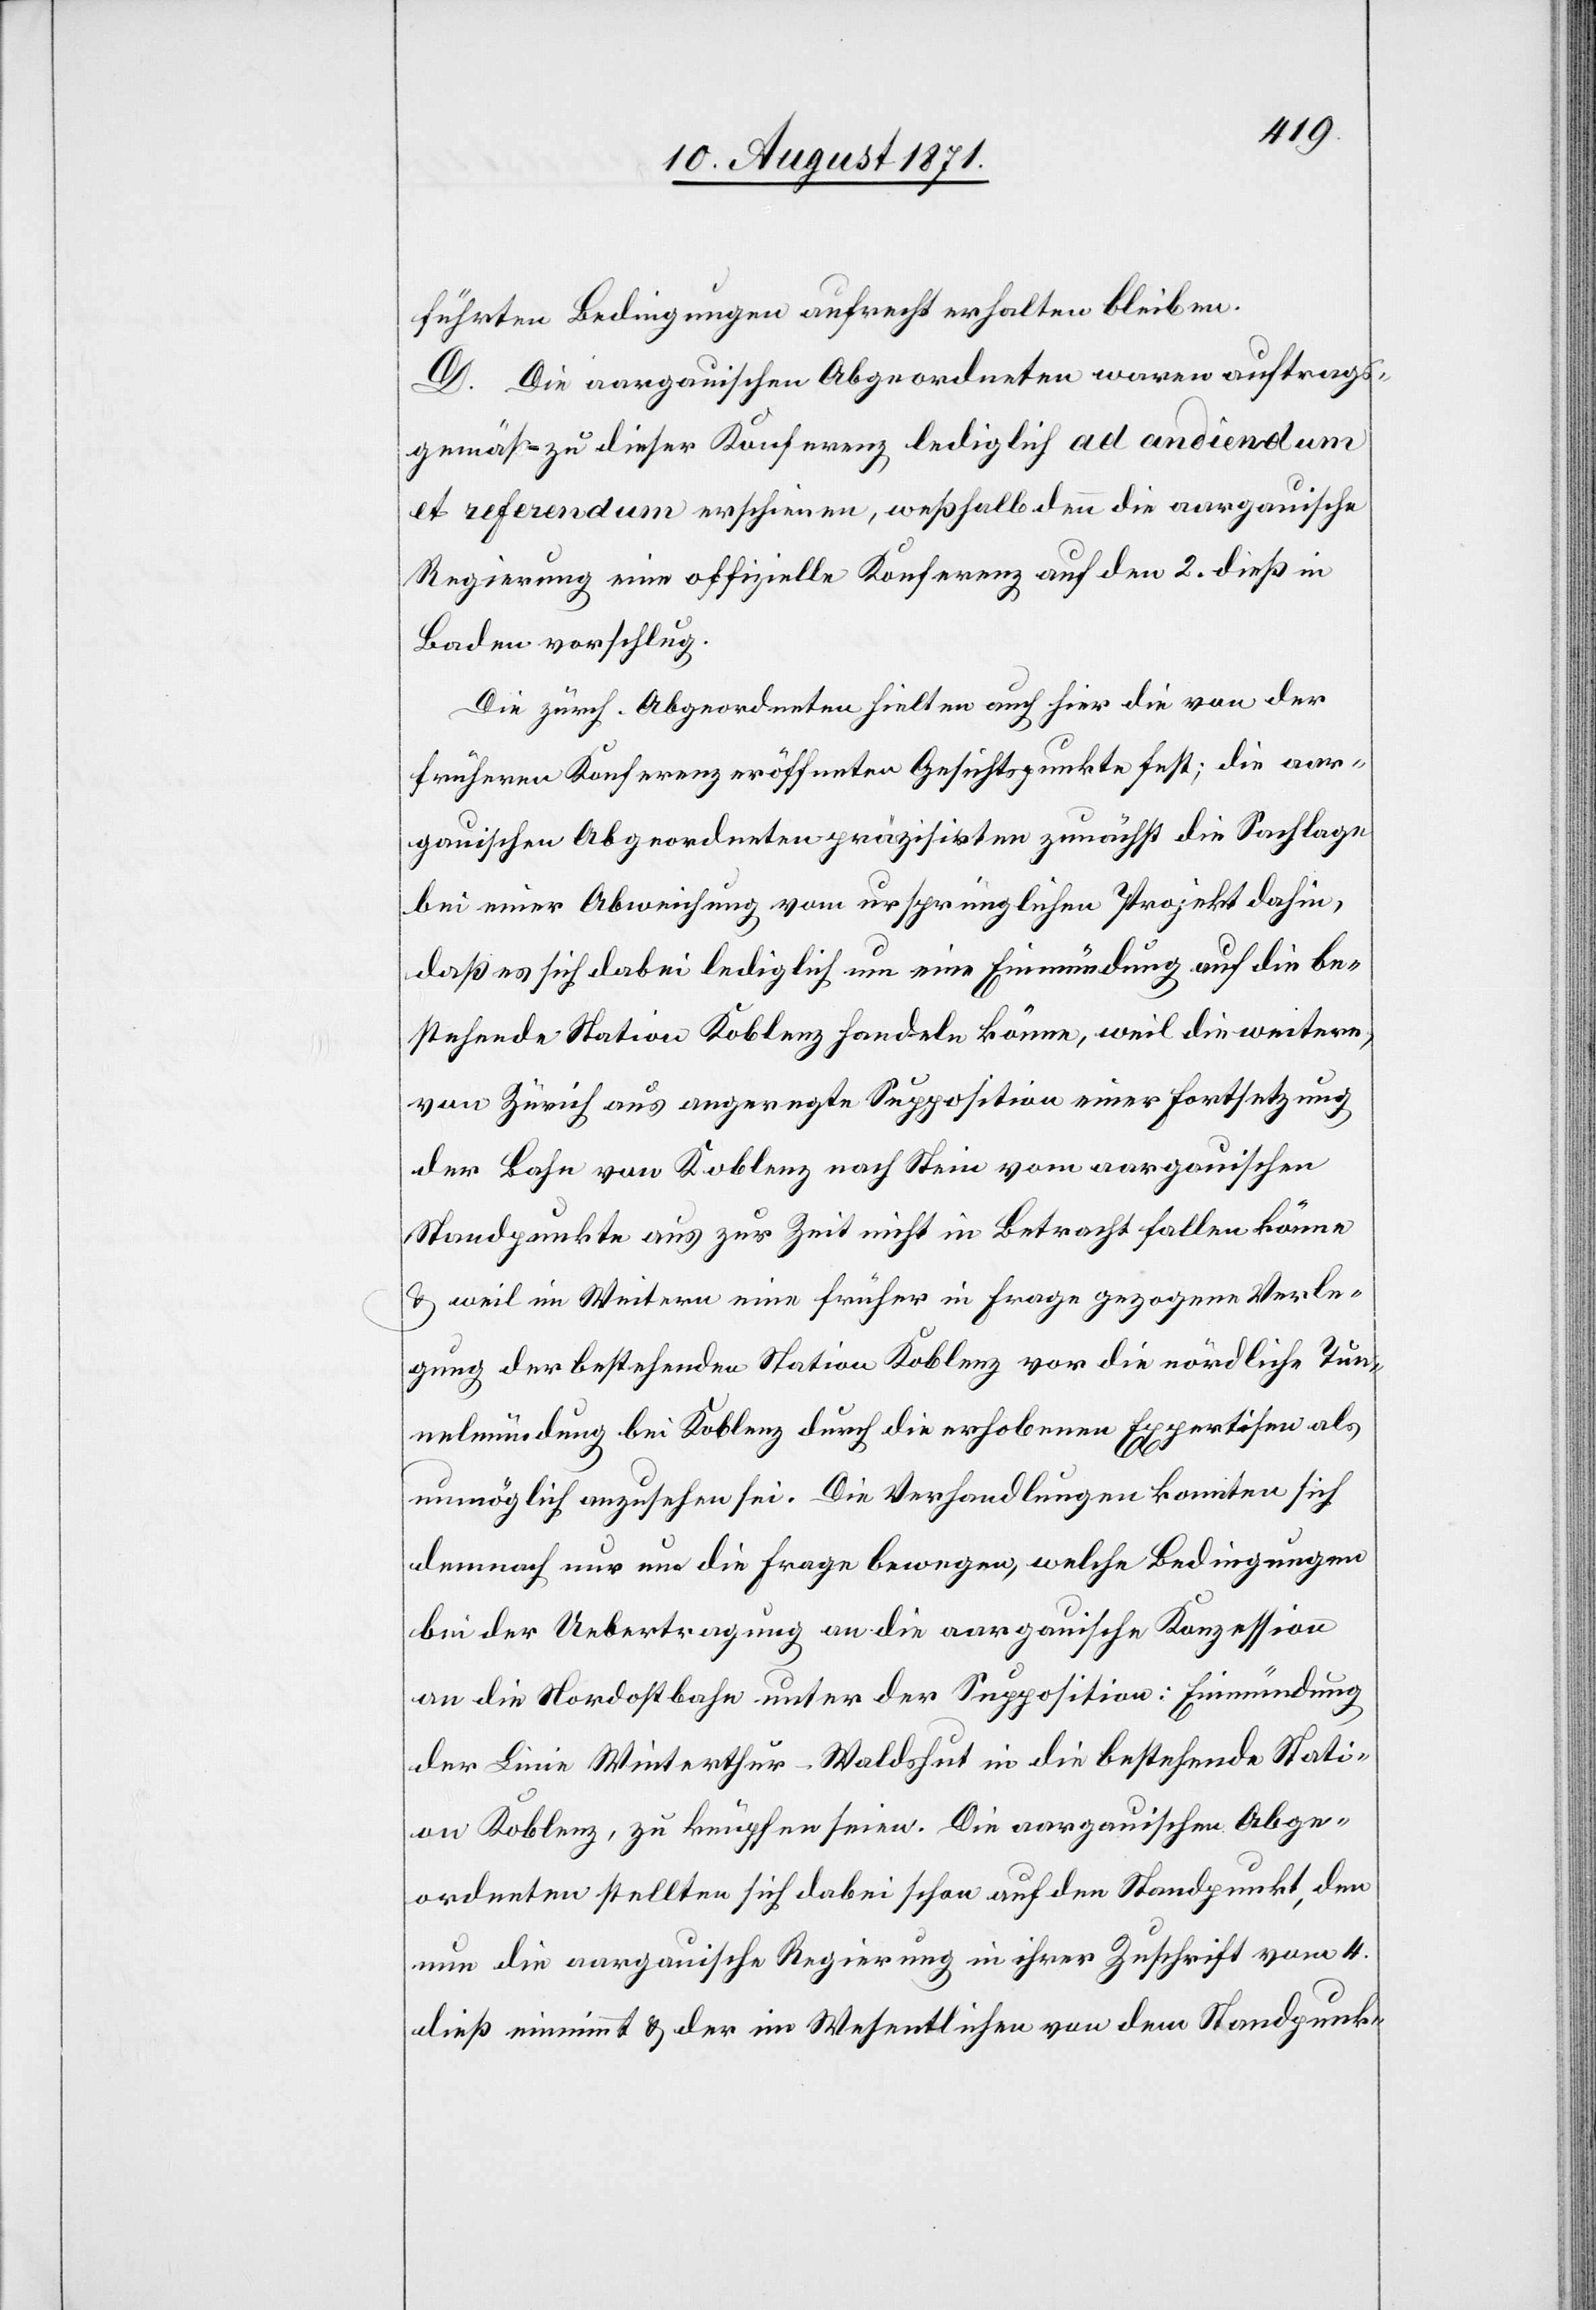
führten Bedingungen aufrecht erhalten bleiben.
D. Die aargauischen Abgeordneten waren auftrags¬
gemäß zu dieser Konferenz lediglich ad audiendum
et referendum erschienen, weshalb denn die aargauische
Regierung eine offizielle Konferenz auf den 2. dieß in
Baden vorschlug.
Die zürch. Abgeordneten hielten auch hier die von der
früheren Konferenz eröffneten Gesichtspunkte fest; die aar¬
gauischen Abgeordneten präzisirten zunächst die Sachlage
bei einer Abweisung vom ursprünglichen Projekt dafür,
daß es sich dabei lediglich um eine Einmündung auf die be¬
stehende Station Koblenz handeln könne, weil die weitere,
von Zürich aus angeregte Supposition einer Fortsetzung
der Bahn von Koblenz nach Stein vom aargauischen
Standpunkte aus zur Zeit nicht in Betracht fallen könne
& weil im Weiteren eine früher in Frage gezogene Verle¬
gung der bestehenden Station Koblenz vor die nördliche Tun¬
nelmündung bei Koblenz durch die erhobene Expertisen als
unmöglich anzusehen sei. Die Verhandlungen konnten sich
demnach nur um die Frage bewegen, welche Bedingungen
bei der Uebertragung an die aargauische Konzession
an die Nordostbahn unter der Supposition: Einmündung
der Linie Winterthur–Waldshut in die bestehende Stati¬
on Koblenz, zu knüpfen seien. Die aargauischen Abge¬
ordneten stellten sich dabei schon auf den Standpunkt, den
nun die aargauische Regierung in ihrer Zuschrift vom 4.
dieß einnimmt & der im Wesentlichen von dem Standpunk-